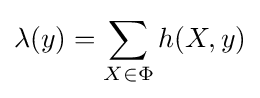
\lambda (y)=\sum _{X\in \Phi }h(X,y)